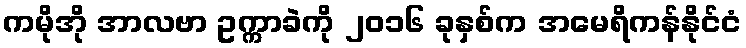
ကမိုအို အာလဗာ ဥက္ကာခဲကို ၂၀၁၆ ခုနှစ်က အမေရိကန်နိုင်ငံ